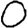
Digit: 0